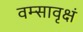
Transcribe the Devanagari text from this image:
वम्सावृक्षं